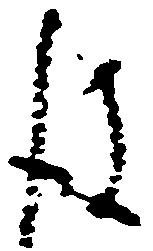
後